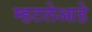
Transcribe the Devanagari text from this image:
म्हटलेआहे